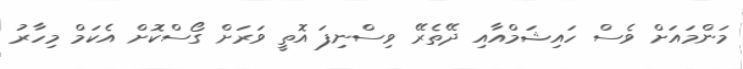
މަންމައަށް ވެސް ހައިޝަމްއާއި ދޭތެރޭ ވިސްނިފަ އޮތީ ވަރަށް ގޯސްކޮށް އެކަމް މިހާރު